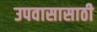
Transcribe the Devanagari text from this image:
उपवासासाठी